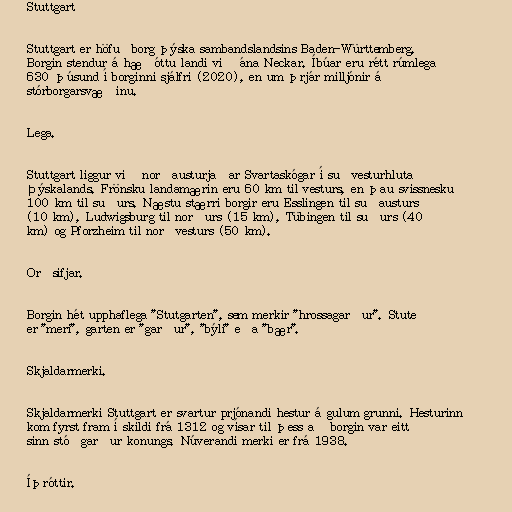
Stuttgart

Stuttgart er höfuðborg þýska sambandslandsins Baden-Württemberg.
Borgin stendur á hæðóttu landi við ána Neckar. Íbúar eru rétt rúmlega
630 þúsund í borginni sjálfri (2020), en um þrjár milljónir á
stórborgarsvæðinu.

Lega.

Stuttgart liggur við norðausturjaðar Svartaskógar í suðvesturhluta
Þýskalands. Frönsku landamærin eru 60 km til vesturs, en þau svissnesku
100 km til suðurs. Næstu stærri borgir eru Esslingen til suðausturs
(10 km), Ludwigsburg til norðurs (15 km), Tübingen til suðurs (40
km) og Pforzheim til norðvesturs (50 km).

Orðsifjar.

Borgin hét upphaflega "Stutgarten", sem merkir "hrossagarður". Stute
er "meri", garten er "garður", "býli" eða "bær".

Skjaldarmerki.

Skjaldarmerki Stuttgart er svartur prjónandi hestur á gulum grunni. Hesturinn
kom fyrst fram í skildi frá 1312 og vísar til þess að borgin var eitt
sinn stóðgarður konungs. Núverandi merki er frá 1938.

Íþróttir.